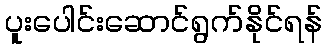
ပူးပေါင်းဆောင်ရွက်နိုင်ရန်